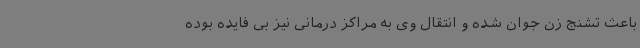
باعث تشنج زن جوان شده و انتقال وی به مراکز درمانی نیز بی فایده بوده